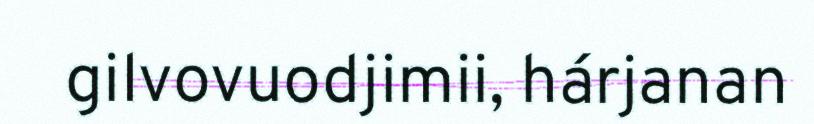
gilvovuodjimii, hárjanan